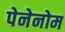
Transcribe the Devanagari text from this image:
पेनेनोम